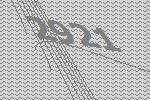
2921